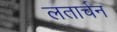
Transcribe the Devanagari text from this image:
लतार्चन